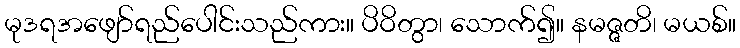
မုဒရအဖျော်ရည်ပေါင်းသည်ကား။ ပိဝိတွာ၊ သောက်၍။ နမဇ္ဇတိ၊ မယစ်။